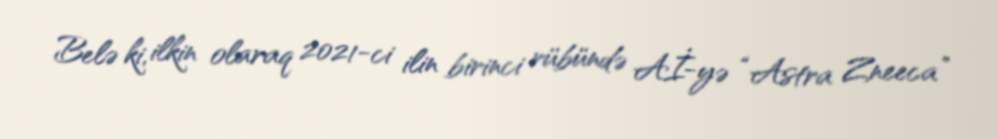
Belə ki, ilkin olaraq 2021-ci ilin birinci rübündə Aİ-yə “Astra Zneeca”